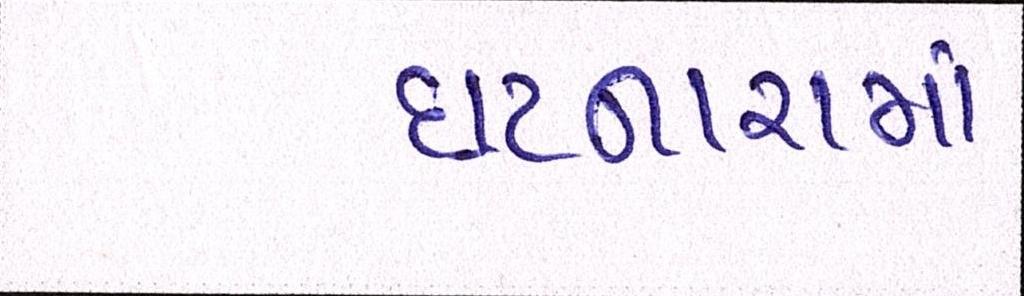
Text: ઘટનારામાં